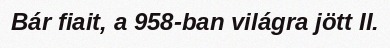
Bár fiait, a 958-ban világra jött II.